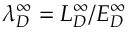
\lambda _ { D } ^ { \infty } = L _ { D } ^ { \infty } / E _ { D } ^ { \infty }